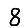
Digit: 8